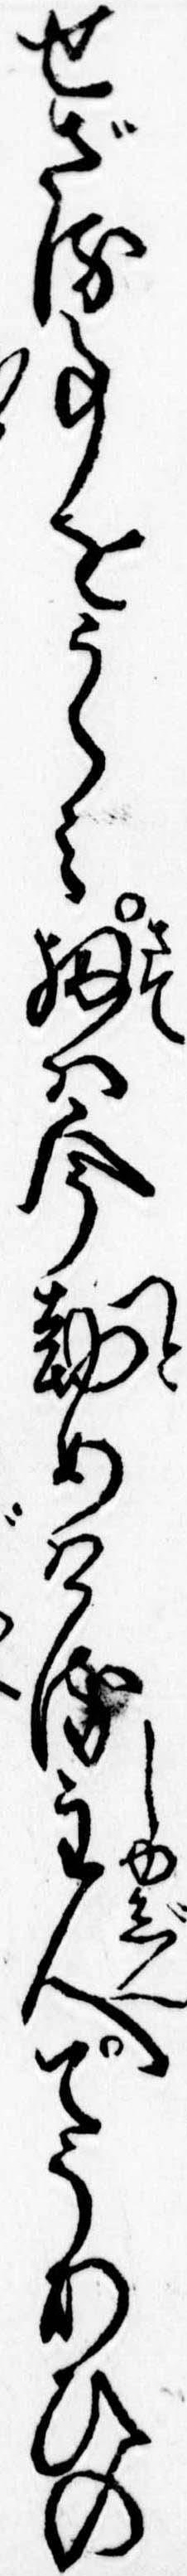
せざる事をうらみ扨は今勤めける主人てうあひの